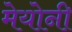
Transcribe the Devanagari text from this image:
मेयोनी